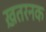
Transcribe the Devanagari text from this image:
ख़तरनक